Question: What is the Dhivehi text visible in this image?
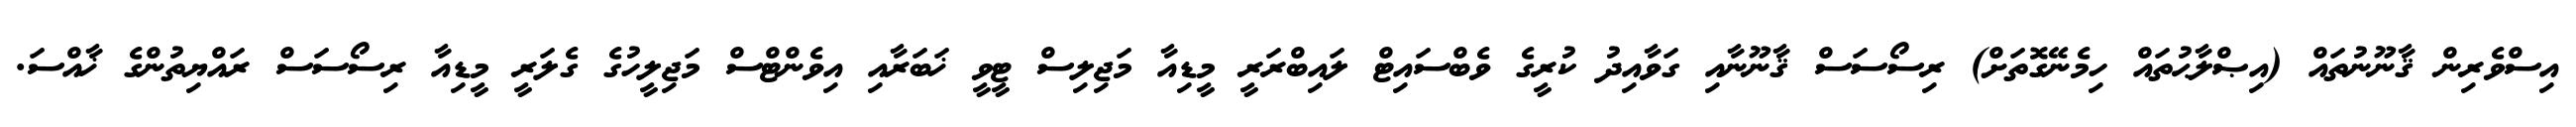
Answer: އިސްވެރިން ޤާނޫނުތައް (އިޞްލާޙުތައް ހިމެނޭގޮތަށް) ރިސޯސަސް ޤާނޫނާއި ގަވާއިދު ކުރީގެ ވެބްސައިޓް ލައިބްރަރީ މީޑިއާ މަޖިލިސް ޓީވީ ޚަބަރާއި އިވެންޓްސް މަޖިލީހުގެ ގެލަރީ މީޑިއާ ރިސޯސަސް ރައްޔިތުންގެ ޚާއްސަ.